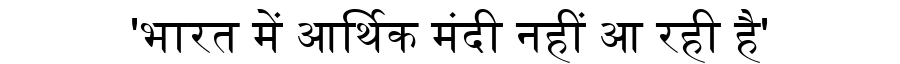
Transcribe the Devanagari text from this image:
'भारत में आर्थिक मंदी नहीं आ रही है'